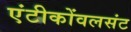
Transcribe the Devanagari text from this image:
एंटीकोंवलसंट